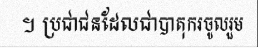
។ ប្រជាជនដែលជាបាតុករចូលរួម